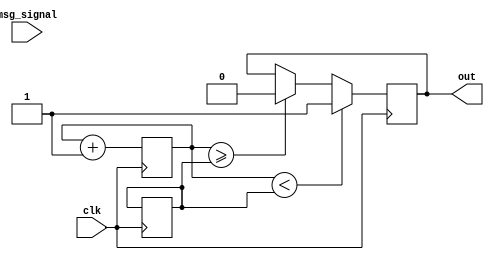
module pcm(
input wire [7:0] msg_signal,
input wire clk,
output reg out);
	
	reg [7:0] count = 0;
	reg [7:0] code = 0;

	always @(posedge clk) begin
		count <= count + 1;
		if(count < code) begin
			out <= 1;
		end
		else if(count >= code) begin
			out <= 0;
		end
		if(count == 256) begin
			count <= 0;
			code <= msg_signal;
		end
	end
endmodule